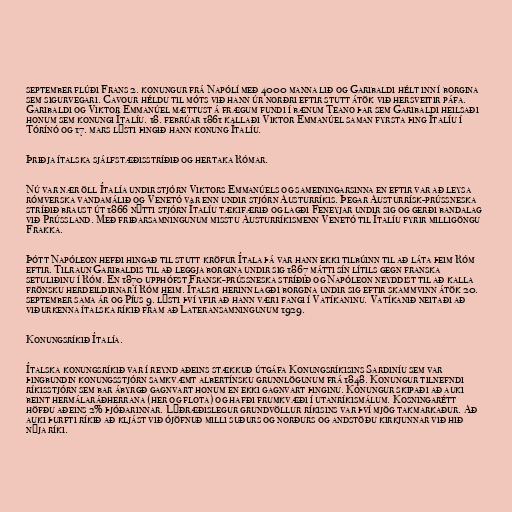
september flúði Frans 2. konungur frá Napólí með 4000 manna lið og Garibaldi hélt inn í borgina
sem sigurvegari. Cavour héldu til móts við hann úr norðri eftir stutt átök við hersveitir páfa.
Garibaldi og Viktor Emmanúel mættust á frægum fundi í bænum Teano þar sem Garibaldi heilsaði
honum sem konungi Ítalíu. 18. febrúar 1861 kallaði Viktor Emmanúel saman fyrsta þing Ítalíu í
Tórínó og 17. mars lýsti þingið hann konung Ítalíu.

Þriðja ítalska sjálfstæðisstríðið og hertaka Rómar.

Nú var nær öll Ítalía undir stjórn Viktors Emmanúels og sameiningarsinna en eftir var að leysa
rómverska vandamálið og Venetó var enn undir stjórn Austurríkis. Þegar Austurrísk-prússneska
stríðið braust út 1866 nýtti stjórn Ítalíu tækifærið og lagði Feneyjar undir sig og gerði bandalag
við Prússland. Með friðarsamningunum misstu Austurríkismenn Venetó til Ítalíu fyrir milligöngu
Frakka.

Þótt Napóleon hefði hingað til stutt kröfur Ítala þá var hann ekki tilbúinn til að láta þeim Róm
eftir. Tilraun Garibaldis til að leggja borgina undir sig 1867 mátti sín lítils gegn franska
setuliðinu í Róm. En 1870 upphófst Fransk-prússneska stríðið og Napóleon neyddist til að kalla
frönsku herdeildirnar í Róm heim. Ítalski herinn lagði borgina undir sig eftir skammvinn átök 20.
september sama ár og Píus 9. lýsti því yfir að hann væri fangi í Vatíkaninu. Vatíkanið neitaði að
viðurkenna ítalska ríkið fram að Lateransamningunum 1929.

Konungsríkið Ítalía.

Ítalska konungsríkið var í reynd aðeins stækkuð útgáfa Konungsríkisins Sardiníu sem var
þingbundin konungsstjórn samkvæmt albertínsku grunnlögunum frá 1848. Konungur tilnefndi
ríkisstjórn sem bar ábyrgð gagnvart honum en ekki gagnvart þinginu. Konungur skipaði að auki
beint hermálaráðherrana (her og flota) og hafði frumkvæði í utanríkismálum. Kosningarétt
höfðu aðeins 2% þjóðarinnar. Lýðræðislegur grundvöllur ríkisins var því mjög takmarkaður. Að
auki þurfti ríkið að kljást við ójöfnuð milli suðurs og norðurs og andstöðu kirkjunnar við hið
nýja ríki.